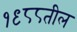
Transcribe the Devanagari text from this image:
१९८८तील